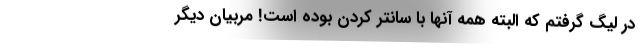
در لیگ گرفتم که البته همه آنها با سانتر کردن بوده است! مربیان دیگر